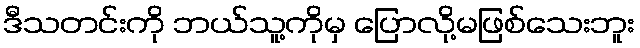
ဒီသတင်းကို ဘယ်သူ့ကိုမှ ပြောလို့မဖြစ်သေးဘူး